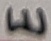
Text: E